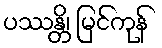
ပဿန္တိ၊ မြင်ကုန်